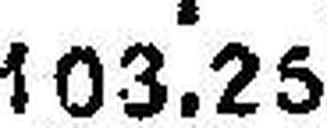
103.25